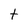
Character: t